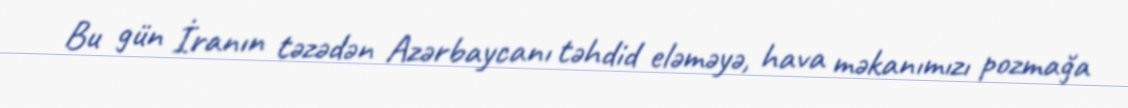
Bu gün İranın təzədən Azərbaycanı təhdid eləməyə, hava məkanımızı pozmağa